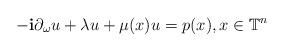
LaTeX: \begin{align*}-\mathbf{i}\partial_{\omega}u+\lambda u+\mu(x)u=p(x),x\in\mathbb{T}^n\end{align*}